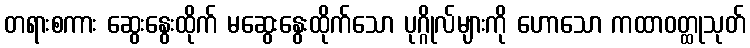
တရားစကား ဆွေးနွေးထိုက် မဆွေးနွေးထိုက်သော ပုဂ္ဂိုလ်များကို ဟောသော ကထာဝတ္ထုသုတ်